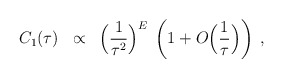
\begin{align*}C_1(\tau) \; \; \propto \; \; \Big(\frac{1}{\tau^2}\Big)^E \;\left( 1 + O\Big(\frac{1}{\tau}\Big) \right) \; ,\end{align*}